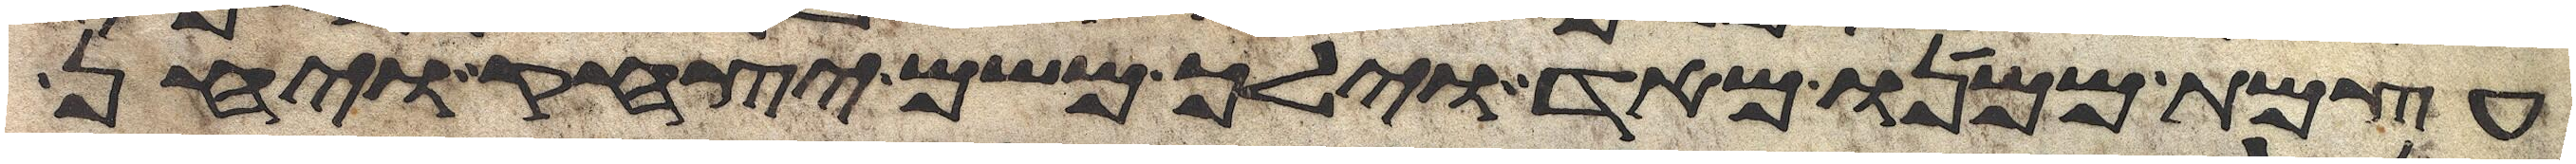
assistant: עצמת ממנו מאד וילך משם יצחק ויחן